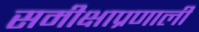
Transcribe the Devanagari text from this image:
समीक्षाप्रणाली